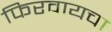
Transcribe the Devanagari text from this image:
फिरवायचा